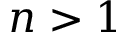
n > 1